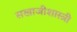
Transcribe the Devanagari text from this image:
सखाजीशास्त्री